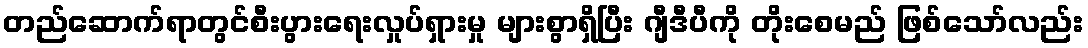
တည်ဆောက်ရာတွင်စီးပွားရေးလှုပ်ရှားမှု များစွာရှိပြီး ဂျီဒီပီကို တိုးစေမည် ဖြစ်သော်လည်း